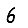
Digit: 6